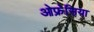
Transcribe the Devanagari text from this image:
ओफ्रेसिया